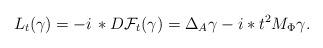
LaTeX: \begin{align*}L_t(\gamma) = -i \,\ast D\mathcal F_t (\gamma) = \Delta_A \gamma - i \ast t^2 M_\Phi \gamma.\end{align*}